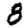
Digit: 8